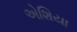
એશિયા